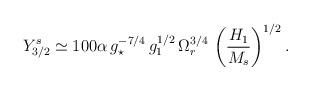
LaTeX: \begin{align*}Y^s_{3/2} \simeq 100 \alpha\,g_\star^{-7/4}\, g_1^{1/2}\,\Omega_r^{3/4}\,\left (\frac{H_1}{M_s} \right )^{1/2}.\end{align*}